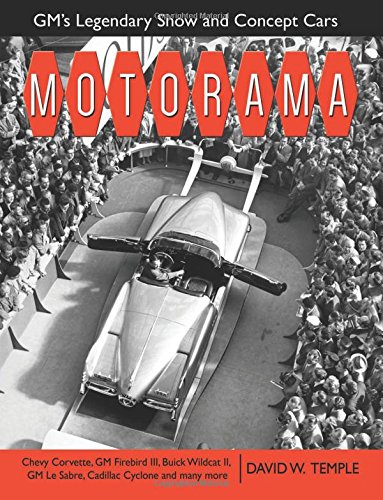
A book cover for Motorama: GM's Legendary Show & Concept Cars (Cartech); David Temple; Engineering & Transportation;